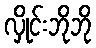
လှိုင်းဘိုဘို